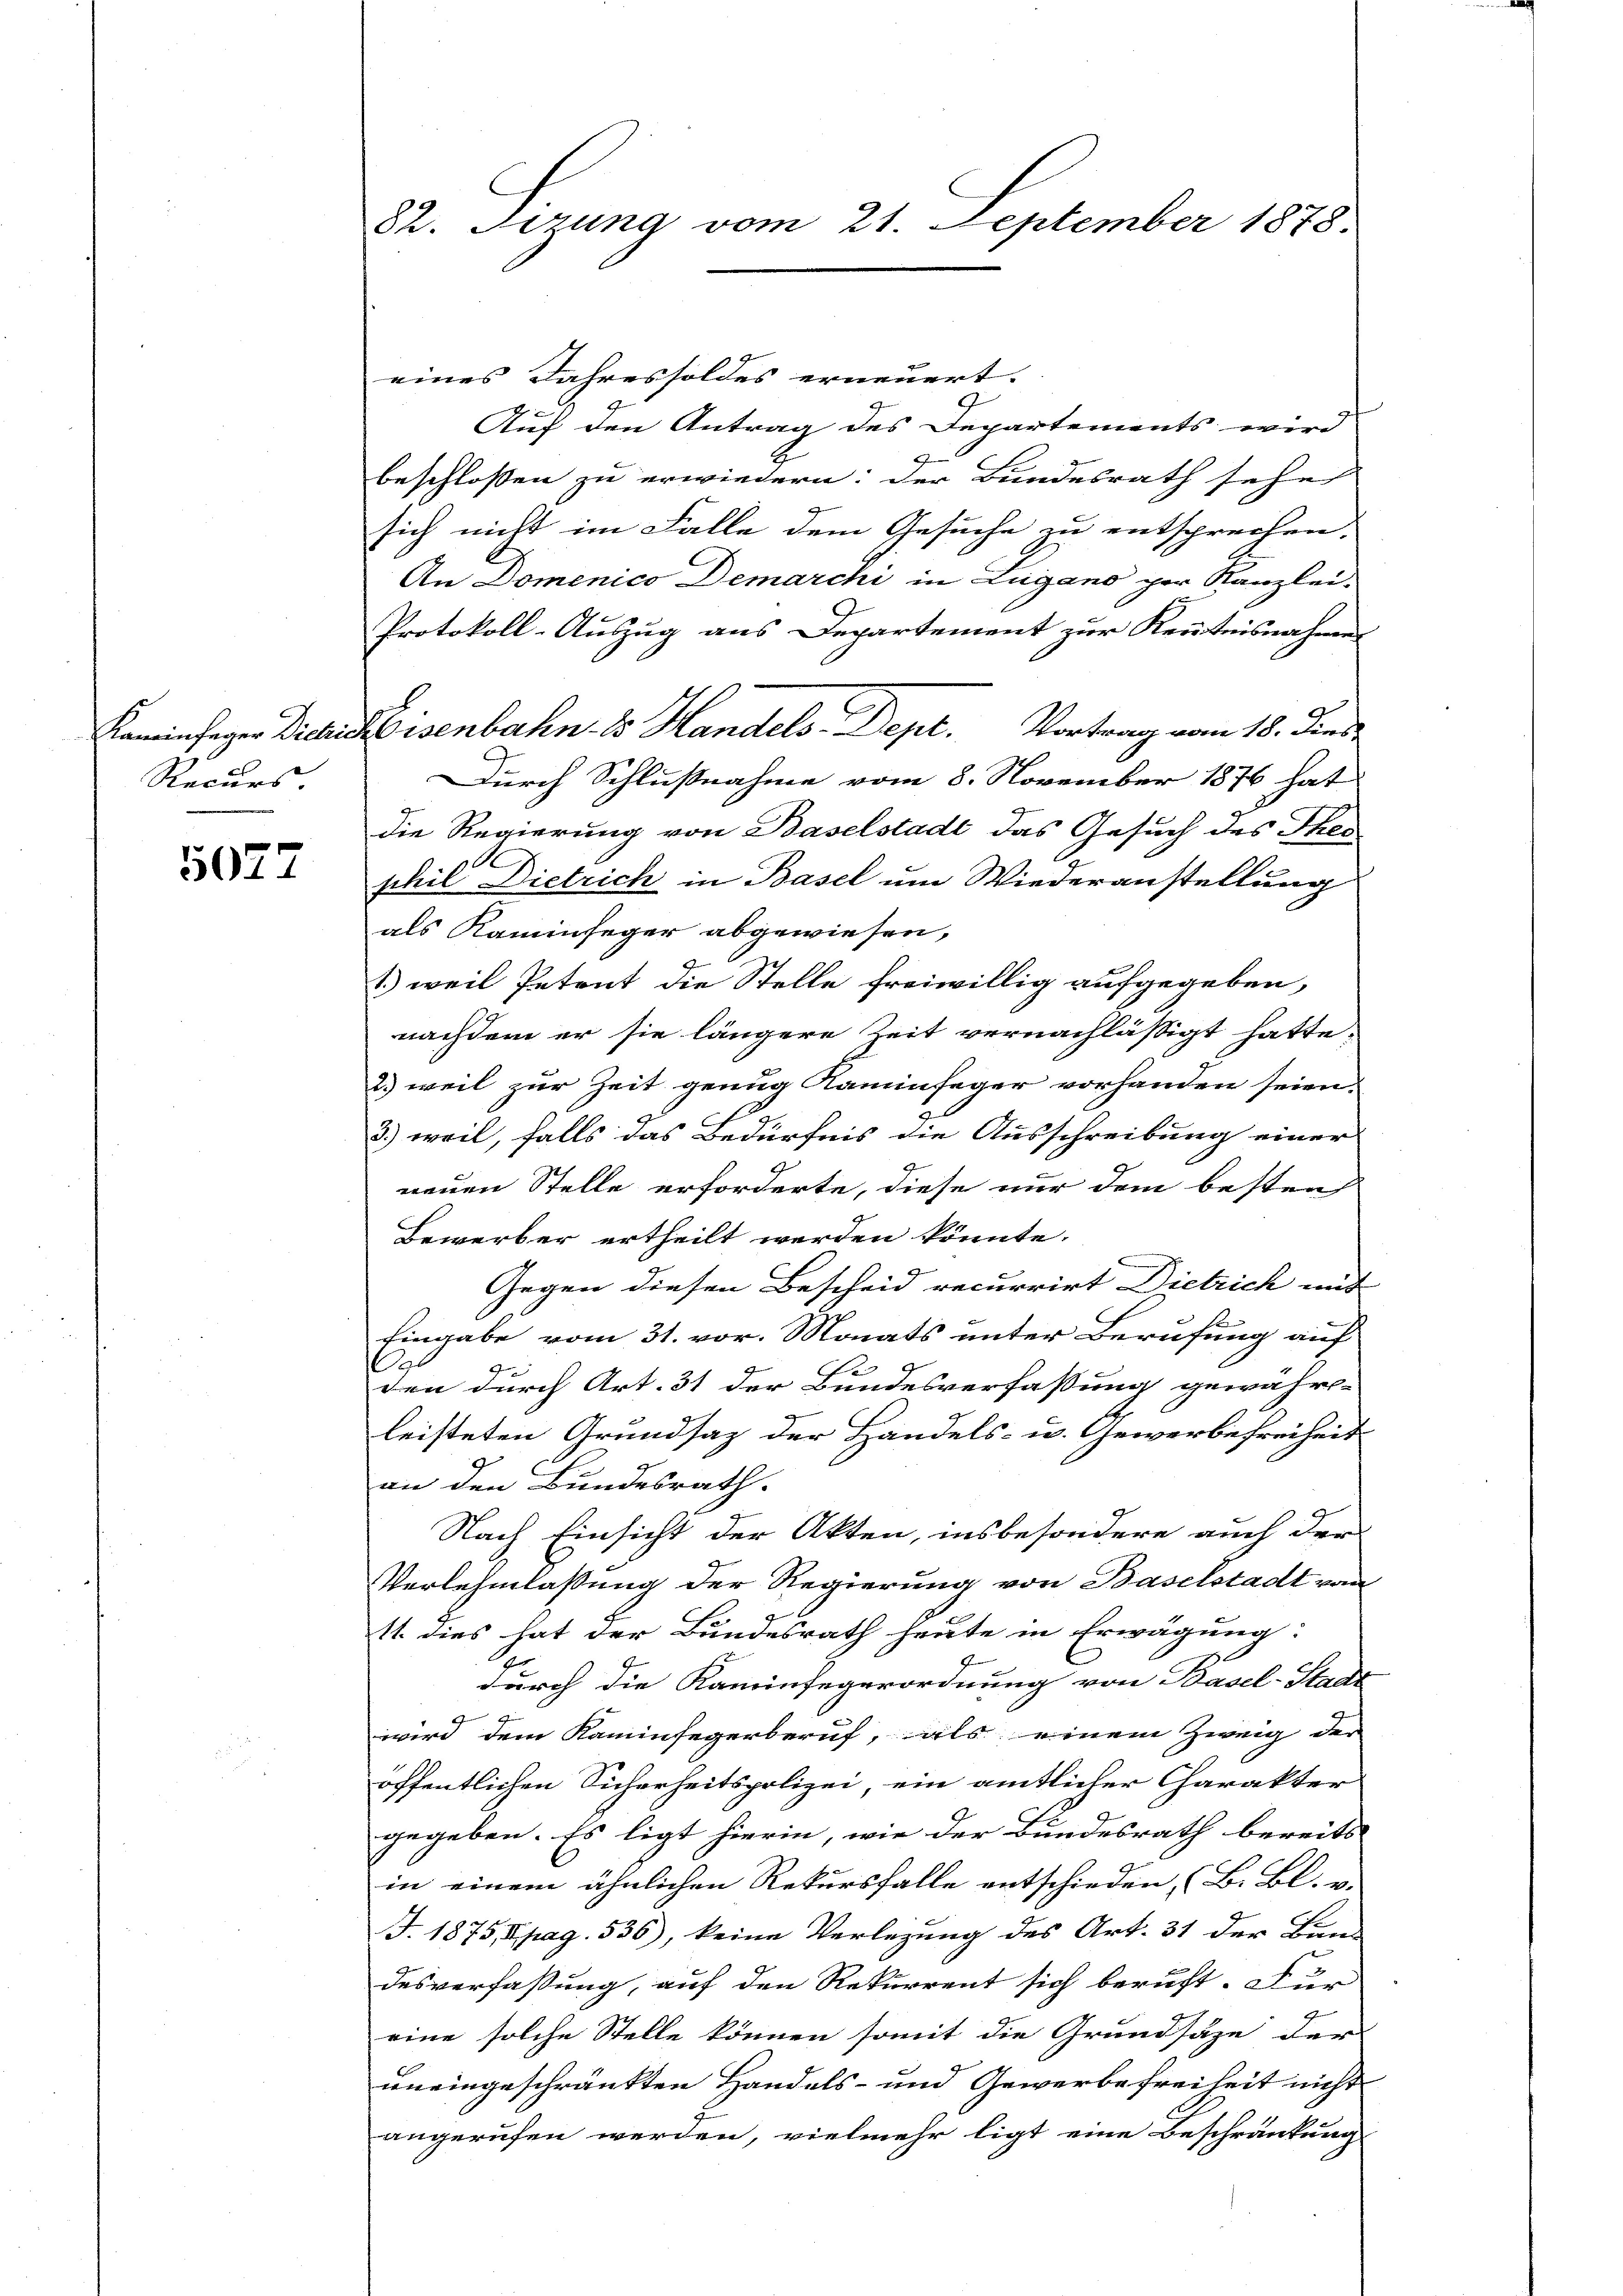
Recurs

5077

82. Sizung vom 21. September 1878.

eines Jahressoldes erneuert.
Auf den Antrag des Departements wird
beschlossen zu erwiedern: der Bundesrath sehe
sich nicht im Falle dem Gesuche zu entsprechen.
An Domenico Demarchi in Lugano per Kanzlei-
Protokoll-Auszug aus Departement zur Kenntnisnahme
Kaminfeger Dich Eisenbahn. ds Handels Dept. Vortrag vom 18. Dies
Durch Schlußnahme vom 8. November 1876 hat
die Regierung von Baselstadt das Gesuch des Theo
phil Dietrich in Basel um Wiederanstellung
als Kaminfeger abgewiesen,
Je
1.) weil Petent die Stelle freiwillig aufgegeben,
nachdem er sie längere Zeit vernachlässigt hatte,
2) weil zur Zeit genug Kaminfeger vorhanden seien.
3.) weil, falls das Bedürfnis die Ausschreibung einer
neuen Stelle erforderte, diese nur dem besten
Bewerber ertheilt werden könnte.
Gegen diesen Bescheid recurrirt Dietrich mit
Eingabe vom 31. vor. Monats unter Berufung auf
A
Ge
4
den durch Art. 31 der Bundesverfassung gewähr-
leisteten Grundsaz der Handels- u. Gewerbefreiheit
an den Bundesrath.
Nach Einsicht der Akten, insbesondere auch der
Verlehmlassung der Regierung von Baselstadt von
11. dies hat der Bundesrath heute in Erwägung:
durch die Kaminfegerordnung von Basel-Stadt
wird dem Kaminfegerberuf, als einem Zweig der
öffentlichen Sicherheitspolizei, ein amtlicher Charakter
gegeben. Es ligt hierin, wie der Bundesrath bereits
in einem ähnlichen Rekursfalle entschieden (B. Bl. v.
J. 1875, pag. 536), keine Verlegung des Art. 31 der Bun-
desverfassung, auf den Rekurrent sich beruft. Für
eine solche Stelle können somit die Grundsäze der
uneingeschränkten Handels- und Gewerbefreiheit nicht
angerufen werden, vielmehr ligt eine Beschränkung